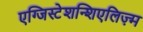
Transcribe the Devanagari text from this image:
एग्जिस्टेशन्शिएलिज़्म